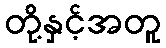
တို့နှင့်အတူ